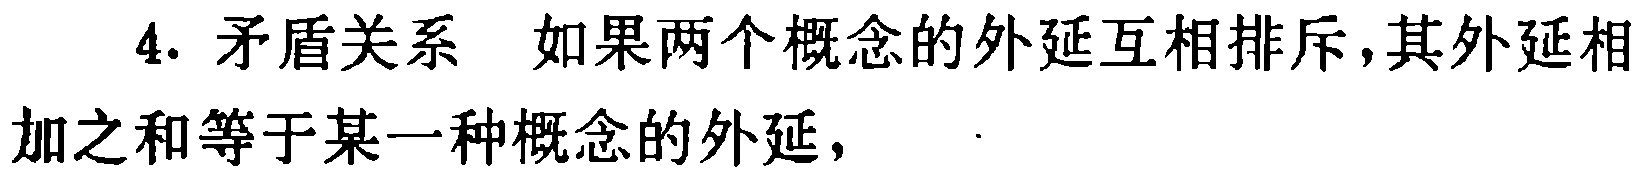
4. 矛盾关系 如果两个概念的外延互相排斥，其外延相加之和等于某一种概念的外延，